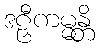
ဒဠှီကမ္မန္တိ